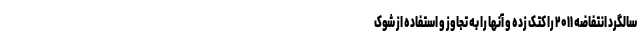
سالگرد انتفاضه ۲۰۱۱ را کتک زده و آنها را به تجاوز و استفاده از شوک